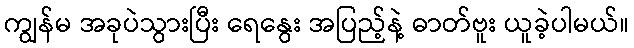
ကျွန်မ အခုပဲသွားပြီး ရေနွေး အပြည့်နဲ့ ဓာတ်ဗူး ယူခဲ့ပါမယ်။